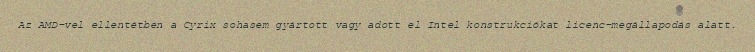
Az AMD-vel ellentétben a Cyrix sohasem gyártott vagy adott el Intel konstrukciókat licenc-megállapodás alatt.